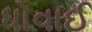
ધોવાઈ